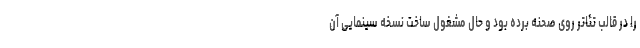
را در قالب تئاتر روی صحنه برده بود و حال مشغول ساخت نسخه سینمایی آن